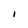
Character: l